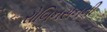
રોબિનસનની